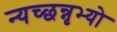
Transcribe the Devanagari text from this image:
न्यच्छन्नृभ्यो